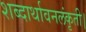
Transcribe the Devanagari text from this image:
शब्दार्थावनलंकृती।